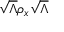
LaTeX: { \sqrt { \Lambda } } \rho _ { x } { \sqrt { \Lambda } }